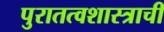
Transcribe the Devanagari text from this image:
पुरातत्वशास्त्राची